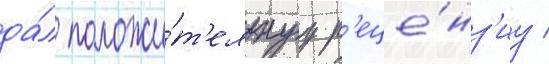
да́л положи́т'ельнуу р'еце́нз'иу /